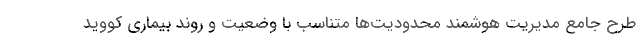
طرح جامع مدیریت هوشمند محدودیت‌ها متناسب با وضعیت و روند بیماری کووید